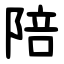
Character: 陪